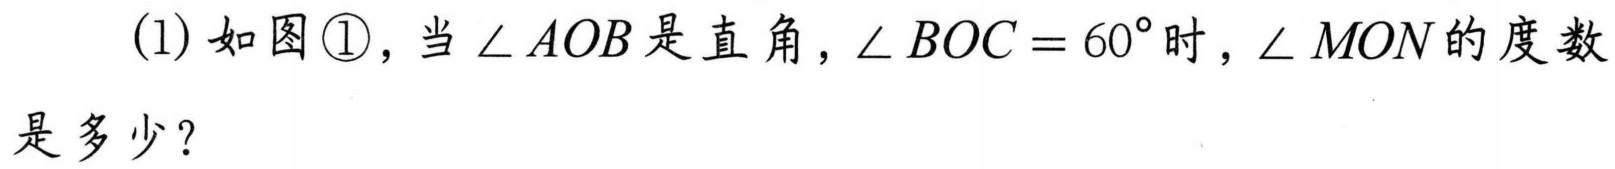
(1)如图\textcircled{1}，当$\angle AOB$是直角，$\angle BOC = 60^{\circ}$时，$\angle MON$的度数是多少？